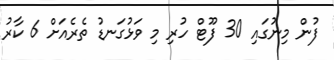
ފުން މިނުގައި 30 ފޫޓް ހުރި މި ވަޅުގަނޑު ތެރެއަށް 6 ކާރު